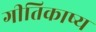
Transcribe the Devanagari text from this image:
गीतिकाष्य